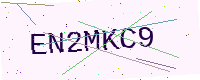
Text: EN2MKC9